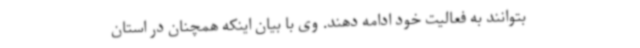
بتوانند به فعالیت خود ادامه دهند. وی با بیان اینکه همچنان در استان